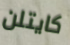
كايتلن